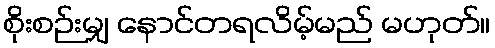
စိုးစဉ်းမျှ နောင်တရလိမ့်မည် မဟုတ်။